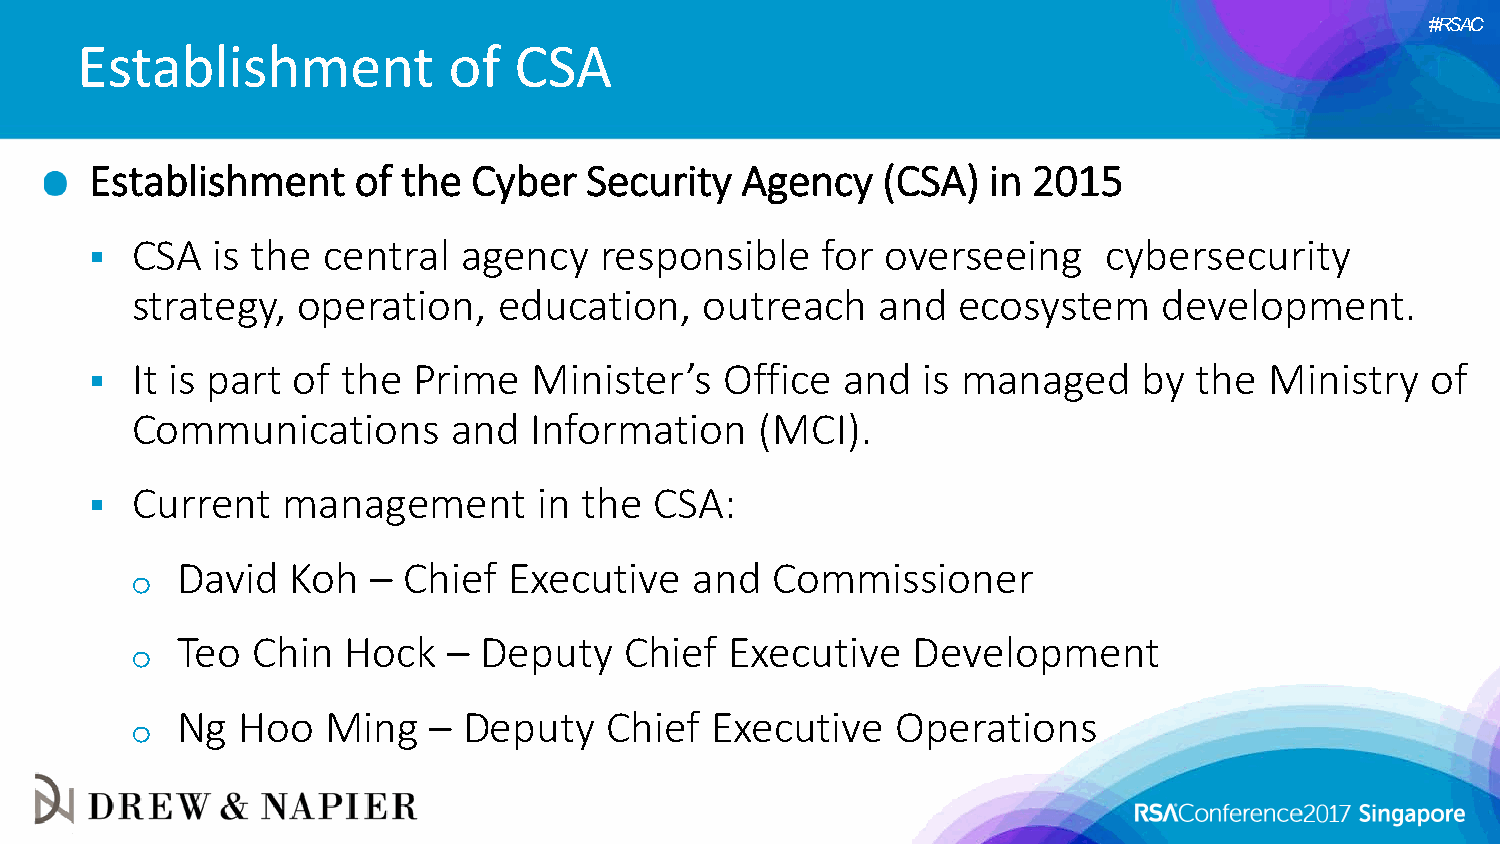
#RSAC
 Establishment            of  CSA
 Establishment    of  the Cyber   Security  Agency   (CSA)  in 2015
   CSA  is the central   agency   responsible   for  overseeing    cybersecurity
 strategy,  operation,   education,    outreach   and  ecosystem     development.
   It is part of the Prime   Minister’s   Office  and  is managed     by the  Ministry   of
 Communications       and  Information    (MCI).
   Current   management       in the CSA:
 David  Koh  –  Chief  Executive   and  Commissioner
 o
 Teo  Chin  Hock   – Deputy   Chief  Executive   Development
 o
 Ng  Hoo   Ming  –  Deputy   Chief  Executive   Operations
 o